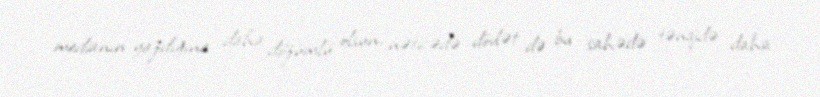
medianın yazdığına daha dözümlü olsun, nəticədə dövlət də bu sahədə tənqidə daha